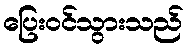
ပြေးဝင်သွားသည်